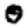
Digit: 0